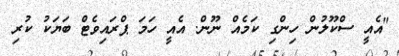
"އެއީ ސްކޫލުން ހިންގި ކަމެއް ނޫން. އެއީ ހަމަ ޕްރައިވެޓް ބަޔަކު ކުރި